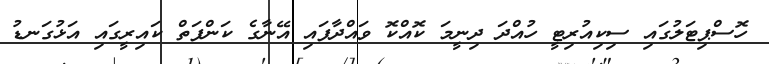
ހޮސްޕިޓަލުގައި ސިކިއުރިޓީ ހުއްދަ ދިނީމަ ކޮއްކޮ ވައްދާފައި އޭނާގެ ކަންފަތް ކައިރީގައި އަޅުގަނޑު